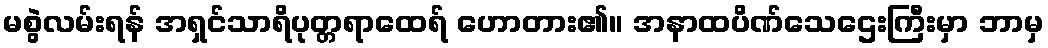
မစွဲလမ်းရန် အရှင်သာရိပုတ္တရာထေရ် ဟောတား၏။ အနာထပိဏ်သေဌေးကြီးမှာ ဘာမှ